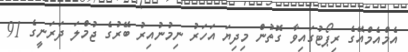
އެމްއެމްއޭގެ ރިޕޯޓުގައިވާ ގޮތުން މިދިޔަ އަހަރު ނިމުނުއިރު ބޭރުގެ ޖުމްލަ ދަރަނީގެ 91